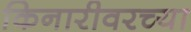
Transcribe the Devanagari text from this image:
किनारीवरच्या